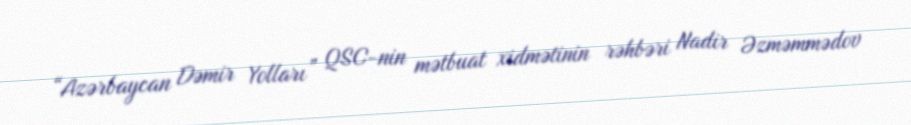
“Azərbaycan Dəmir Yolları” QSC-nin mətbuat xidmətinin rəhbəri Nadir Əzməmmədov